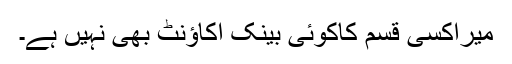
میراکسی قسم کاکوئی بینک اکاؤنٹ بھی نہیں ہے۔